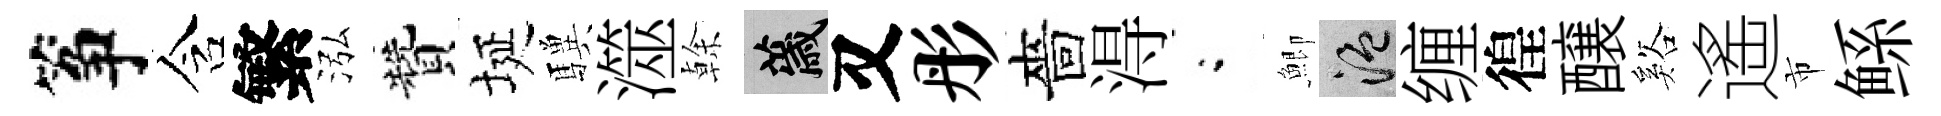
筝含繁泓贊埏驥澨𠏉薉又彤嗇淂閤鯽温缠徨醸谿遙市鲧